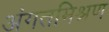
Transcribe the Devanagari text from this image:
अंगतमिश्रण